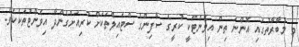
މި މުބާރާތުގައި އޮންނަ ތިން އިވެންޓަކީ ކުރީގެ ސާފިންގެ ސްޓައިލްތަކަށް ކުރިއަށްގެންދާ އިވެންޓުތަކެކެވެ.